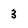
Character: 3